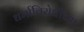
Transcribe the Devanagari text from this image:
धर्माविरोधीच्या